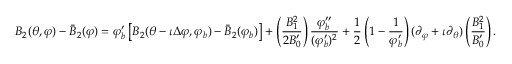
B _ { 2 } ( \theta , \varphi ) - \bar { B } _ { 2 } ( \varphi ) = \varphi _ { b } ^ { \prime } \left[ B _ { 2 } ( \theta - \iota \Delta \varphi , \varphi _ { b } ) - \bar { B } _ { 2 } ( \varphi _ { b } ) \right] + \left( \frac { B _ { 1 } ^ { 2 } } { 2 B _ { 0 } ^ { \prime } } \right) \frac { \varphi _ { b } ^ { \prime \prime } } { ( \varphi _ { b } ^ { \prime } ) ^ { 2 } } + \frac { 1 } { 2 } \left( 1 - \frac { 1 } { \varphi _ { b } ^ { \prime } } \right) ( \partial _ { \varphi } + \iota \partial _ { \theta } ) \left( \frac { B _ { 1 } ^ { 2 } } { B _ { 0 } ^ { \prime } } \right) .